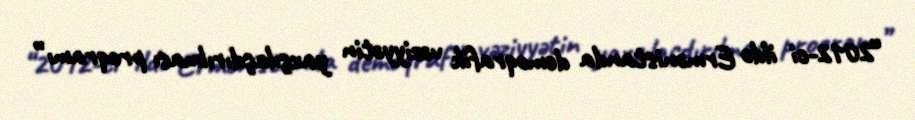
“2012-ci ildə Ermənistanda demoqrafik vəziyyətin yaxşılaşdırılması proqramı”